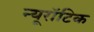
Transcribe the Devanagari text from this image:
न्यूरॉटिक